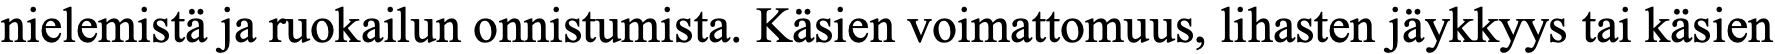
nielemistä ja ruokailun onnistumista. Käsien voimattomuus, lihasten jäykkyys tai käsien